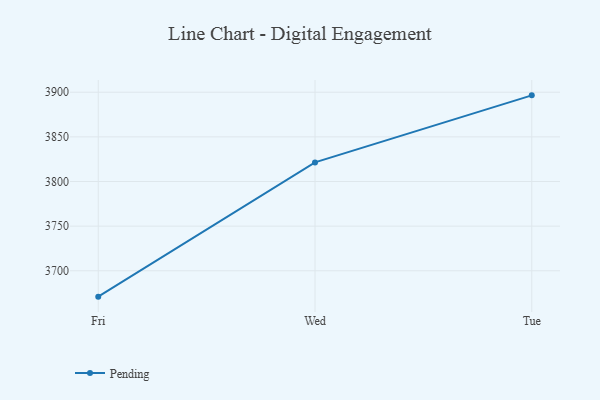
{"axis": {"x": "Day", "y": "Gross Profit (USD K)"}, "legend": ["Pending"], "data": [{"x": "Fri", "y": 3671.0, "type": "Pending"}, {"x": "Wed", "y": 3821.4, "type": "Pending"}, {"x": "Tue", "y": 3896.5, "type": "Pending"}]}